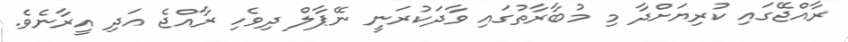
ރާއްޖޭގައި ކުރިޔަށްދާ މި މުބާރާތުގައި ވާދަކުރަނީ ނޭޕާލް ދިވެހި ރާއްޖެ އަދި އީރާނެވެ.